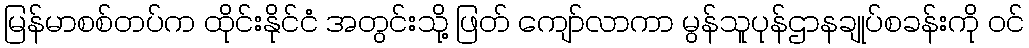
မြန်မာစစ်တပ်က ထိုင်းနိုင်ငံ အတွင်းသို့ ဖြတ် ကျော်လာကာ မွန်သူပုန်ဌာနချုပ်စခန်းကို ဝင်